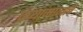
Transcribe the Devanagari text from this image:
द्रव्यामानाचे